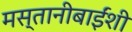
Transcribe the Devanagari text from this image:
मस्तानीबाईंशी